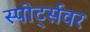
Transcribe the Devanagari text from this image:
स्पोर्ट्सवर